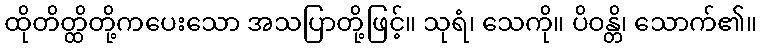
ထိုတိတ္ထိတို့ကပေးသော အသပြာတို့ဖြင့်။ သုရံ၊ သေကို။ ပိဝန္တိ၊ သောက်၏။